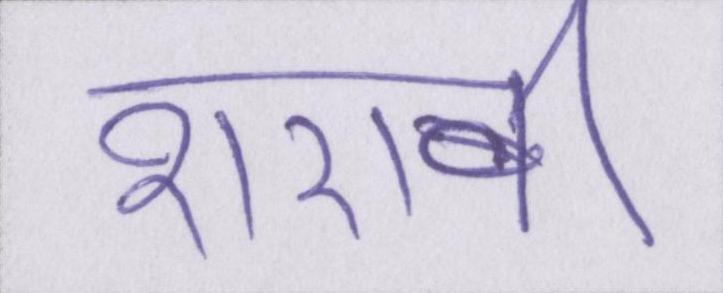
शराबी